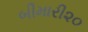
બીમારી૨૦